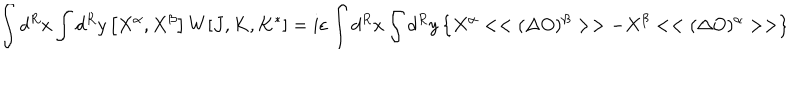
LaTeX: \int d ^ { R } x \int d ^ { R } y \left[ X ^ { \alpha } , X ^ { \beta } \right] W [ J , K , K ^ { * } ] = i \varepsilon \int d ^ { R } x \int d ^ { R } y \left\{ X ^ { \alpha } < < ( \Delta O ) ^ { \beta } > > - X ^ { \beta } < < ( \Delta O ) ^ { \alpha } > > \right\}